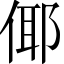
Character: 倻